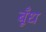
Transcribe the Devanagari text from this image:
बूँध